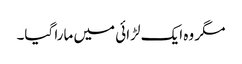
مگر وہ ایک لڑائی میں مارا گیا۔